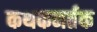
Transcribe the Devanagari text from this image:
कथकनर्तक